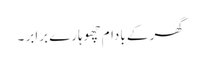
گھر کے بادام چھوہارے برابر ۔